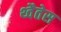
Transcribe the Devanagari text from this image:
थ्वैतेस